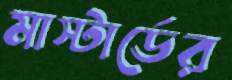
মাস্টার্ডের